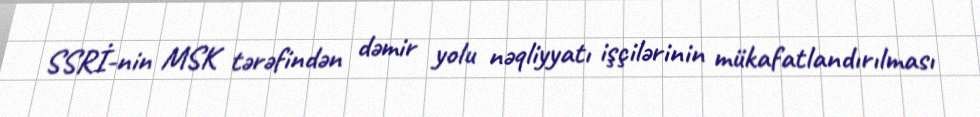
SSRİ-nin MSK tərəfindən dəmir yolu nəqliyyatı işçilərinin mükafatlandırılması